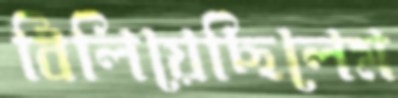
বিলিয়েছিলেম